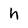
Character: h